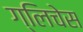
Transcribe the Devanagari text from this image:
ग्लिचेस